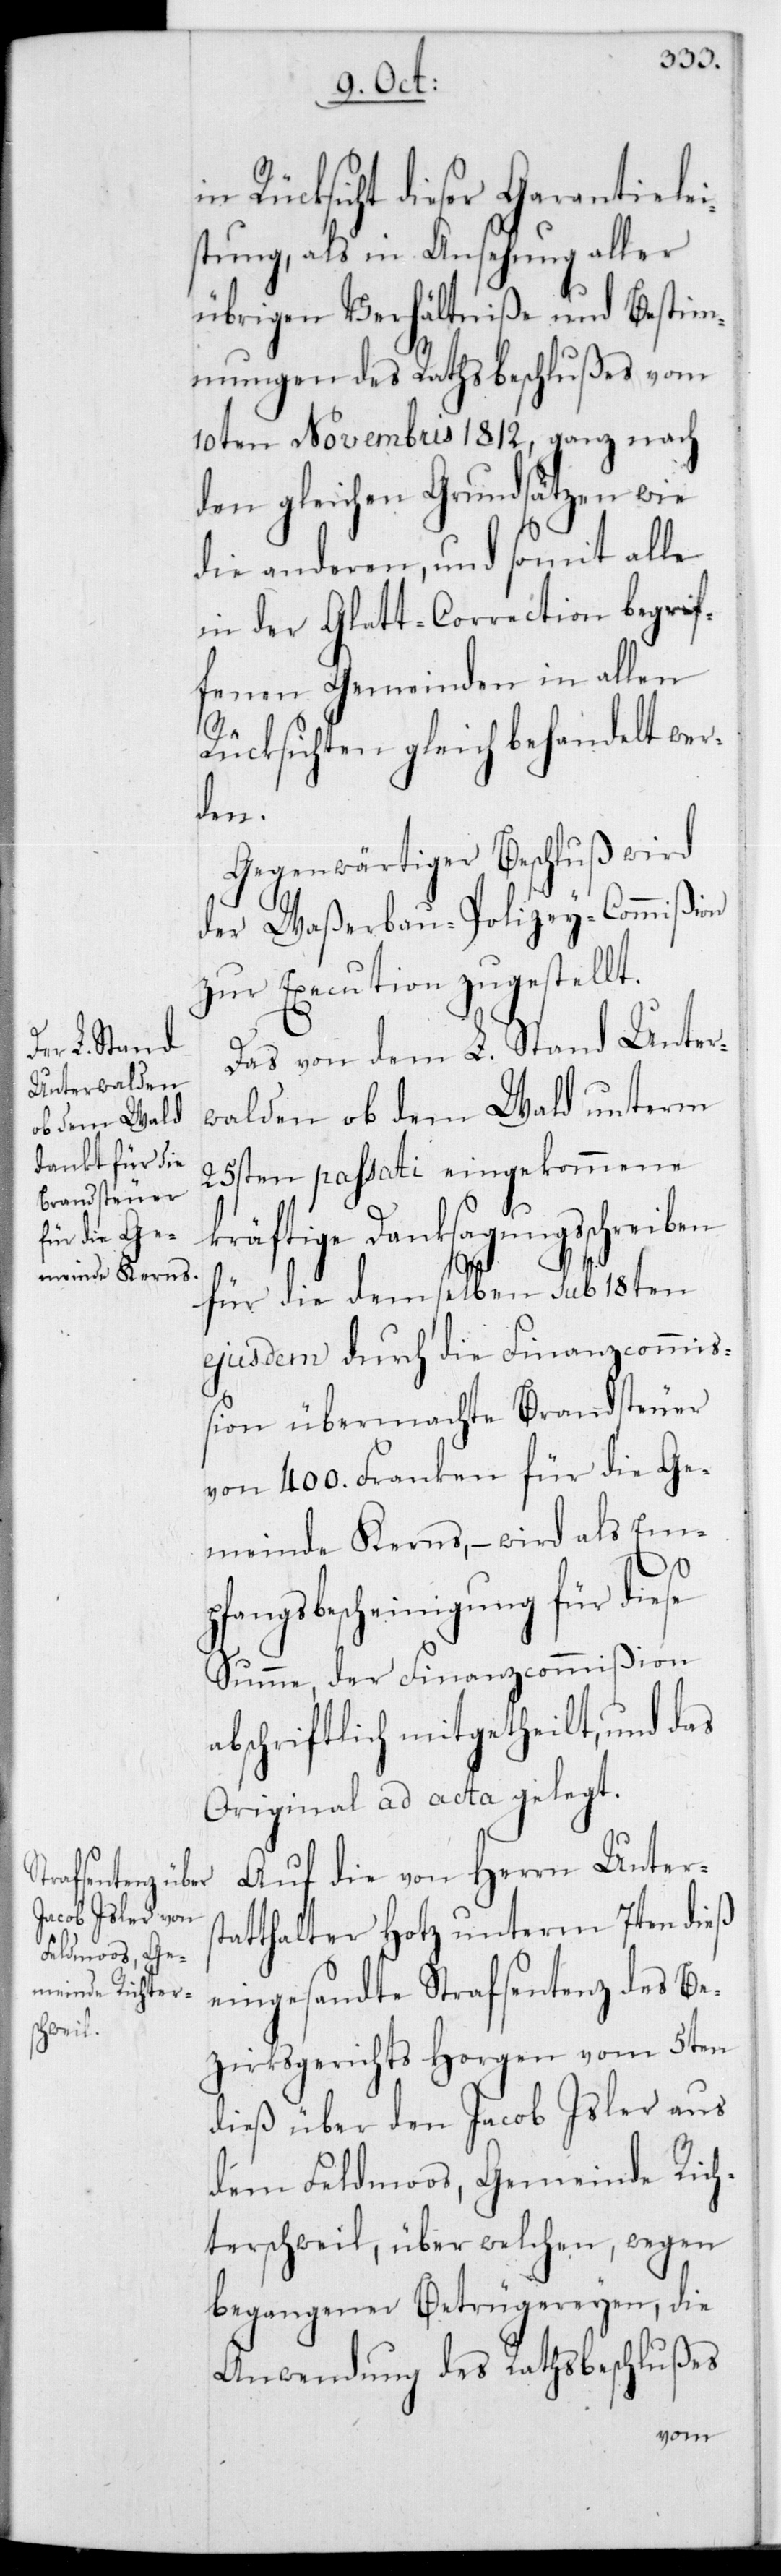
in Rücksicht dieser Garantielei¬
stung, als in Ansehung aller
übrigen Verhältniße und Bestim¬
mungen des Rathsbeschlußes vom
10ten Novembris 1812, ganz nach
den gleichen Grundsätzen wie
die anderen, und somit alle
in der Glatt-Correction begrif¬
fenen Gemeinden in allen
Rücksichten gleich behandelt wer¬
den.
Gegenwärtiger Beschluß wird
der Waßerbau-Polizey-Commißion
Das von dem L. Stand Unter¬
walden ob dem Wald unterm
25sten passati eingekommene
kräftige Danksagungsschreiben
für die demselben sub 18ten
ejusdem durch die Finanzcommi¬
ßion übermachte Brandsteuer
von 400 Franken für die Ge¬
meinde Kerns, – wird als Emp¬
fangsbescheinigung für diese
Summe, der Finanzcommißion
abschriftlich mitgetheilt und das
Original ad acta gelegt.
Auf die von Herrn Unters¬
tatthalter Hotz unterm 7ten dieß
eingesandte Strafsentenz des Be¬
zirksgerichts Horgen vom 5ten
dieß über den Jacob Isler aus
dem Feldmoos, Gemeinde Rich¬
terschweil, über welchen, wegen
begangener Betrügereyen, die
Anwendung des Rathsbeschlußes